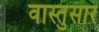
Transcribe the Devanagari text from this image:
वास्तुसार